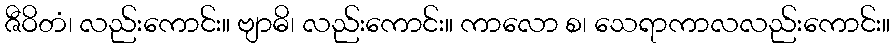
ဇီဝိတံ၊ လည်းကောင်း။ ဗျာဓိ၊ လည်းကောင်း။ ကာလော စ၊ သေရာကာလလည်းကောင်း။